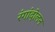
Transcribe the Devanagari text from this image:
रंगांदोलन